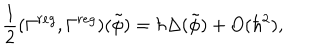
\frac 1 2 ( \Gamma ^ { r e g } , \Gamma ^ { r e g } ) ( \tilde { \phi } ) = \hbar \Delta ( \tilde { \phi } ) + O ( \hbar ^ { 2 } ) ,